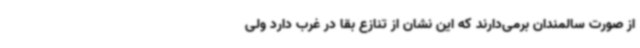
از صورت سالمندان برمی‌دارند که این نشان از تنازع بقا در غرب دارد ولی